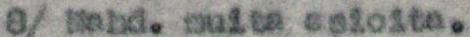
8/ Mahd. muita asioita.